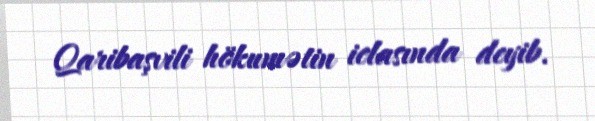
Qaribaşvili hökumətin iclasında deyib.